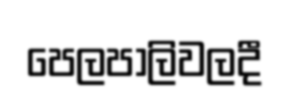
පෙලපාලිවලදී